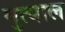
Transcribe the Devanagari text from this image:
मुत्याल